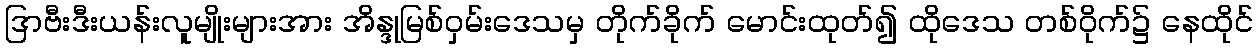
ဒြာဗီးဒီးယန်းလူမျိုးများအား အိန္ဒုမြစ်ဝှမ်းဒေသမှ တိုက်ခိုက် မောင်းထုတ်၍ ထိုဒေသ တစ်ဝိုက်၌ နေထိုင်